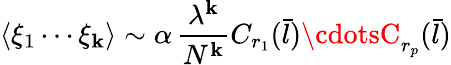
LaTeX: \langle\xi_{1}\cdots\xi_{\mathbf{k}}\rangle\sim\alpha\, \frac{{\lambda^{\mathbf{k}}}}{{N^{\mathbf{k}}}}C_{r_{1}}({\bar{{l}}})\cdotsC_{r_{p}}({\bar{{l}}})